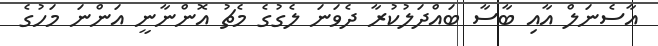
އާސެނަލް އާއި ބާސާ ބައްދަލުކުރާ ދެވަނަ ލެގުގެ މެޗު އޮންނާނީ އަންނަ މަހުގެ